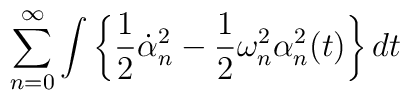
\sum_{n=0}^{\infty}\int\left\{\frac12\dot{\alpha}^2_n - \frac12\omega_n^2\alpha_n^2(t)\right\}dt